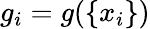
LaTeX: g_{i}=g(\left\lbrace x_{i}\right\rbrace)